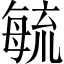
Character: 毓